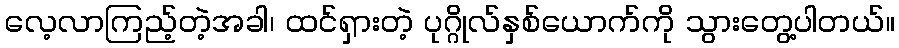
လေ့လာကြည့်တဲ့အခါ၊ ထင်ရှားတဲ့ ပုဂ္ဂိုလ်နှစ်ယောက်ကို သွားတွေ့ပါတယ်။